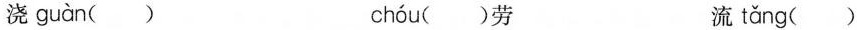
浇 guàn ( ) chóu( )劳 流 tǎng ( )